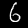
Digit: 6